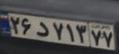
۲۶د۷۱۳۷۷